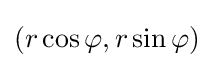
(r\cos \varphi ,r\sin \varphi )